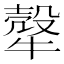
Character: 𤛓